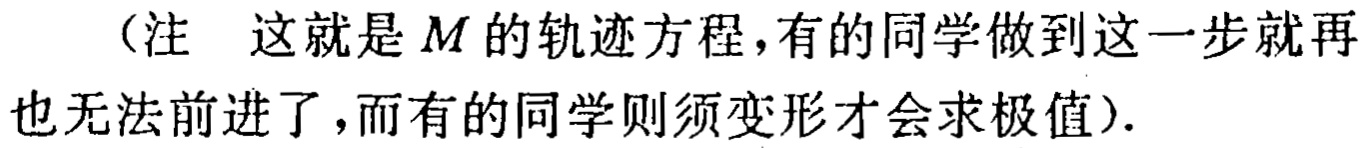
（注  这就是 \(M\) 的轨迹方程，有的同学做到这一步就再也无法前进了，而有的同学则须变形才会求极值）.